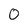
Character: 0